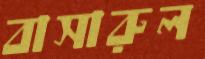
বাসারুল